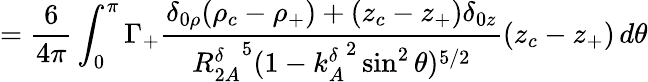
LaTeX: =\frac{6}{4\pi}\int_{0}^{\pi}\Gamma_{+}\frac{\delta_{0\rho}(\rho_{c}-\rho_{+})+(z_{c}-z_{+})\delta_{0z}}{{{R_{2A}^{\delta}}^{5}(1-{k_{A}^{\delta}}^{2}\sin^{2}\theta)^{5/2}}}(z_{c}-z_{+})\, d\theta